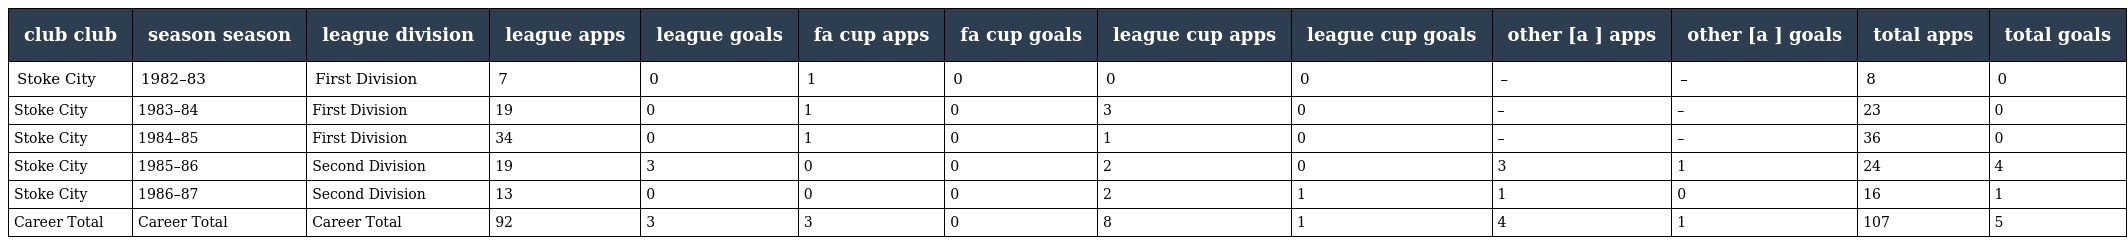
| club club | season season | league division | league apps | league goals | fa cup apps | fa cup goals | league cup apps | league cup goals | other [a ] apps | other [a ] goals | total apps | total goals |
 | --- | --- | --- | --- | --- | --- | --- | --- | --- | --- | --- | --- | --- |
 | Stoke City | 1982–83 | First Division | 7 | 0 | 1 | 0 | 0 | 0 | – | – | 8 | 0 |
 | Stoke City | 1983–84 | First Division | 19 | 0 | 1 | 0 | 3 | 0 | – | – | 23 | 0 |
 | Stoke City | 1984–85 | First Division | 34 | 0 | 1 | 0 | 1 | 0 | – | – | 36 | 0 |
 | Stoke City | 1985–86 | Second Division | 19 | 3 | 0 | 0 | 2 | 0 | 3 | 1 | 24 | 4 |
 | Stoke City | 1986–87 | Second Division | 13 | 0 | 0 | 0 | 2 | 1 | 1 | 0 | 16 | 1 |
 | Career Total | Career Total | Career Total | 92 | 3 | 3 | 0 | 8 | 1 | 4 | 1 | 107 | 5 |